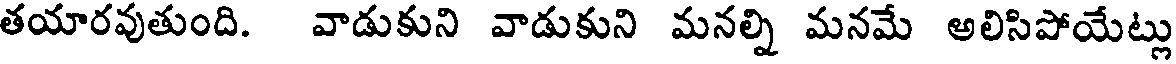
తయారవుతుంది. వాడుకుని వాడుకుని మనల్ని మనమే అలిసిపోయేట్లు